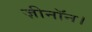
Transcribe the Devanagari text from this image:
ज़ीनॉन।